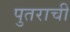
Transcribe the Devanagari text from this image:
पुतराची